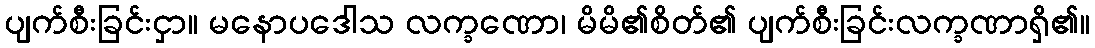
ပျက်စီးခြင်းငှာ။ မနောပဒေါသ လက္ခဏော၊ မိမိ၏စိတ်၏ ပျက်စီးခြင်းလက္ခဏာရှိ၏။